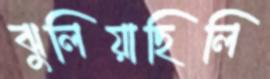
ঝুলিয়াছিলি